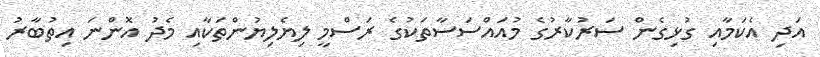
އަދި އެކަމާއި ގުޅިގެން ސަރުކާރުގެ މުއައްސަސާތަކުގެ ރަސްމީ ލިޔެލިޔުންތަކާއި މެދު އޮންނަ އިތުބާރު